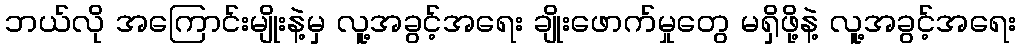
ဘယ်လို အကြောင်းမျိုးနဲ့မှ လူ့အခွင့်အရေး ချိုးဖောက်မှုတွေ မရှိဖို့နဲ့ လူ့အခွင့်အရေး